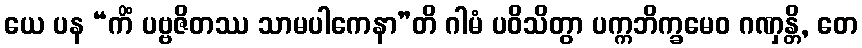
ယေ ပန “ကိံ ပဗ္ဗဇိတဿ သာမပါကေနာ”တိ ဂါမံ ပဝိသိတွာ ပက္ကဘိက္ခမေဝ ဂဏှန္တိ, တေ